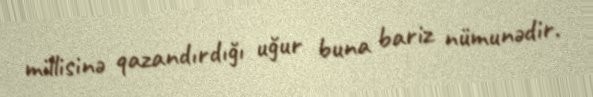
millisinə qazandırdığı uğur buna bariz nümunədir.